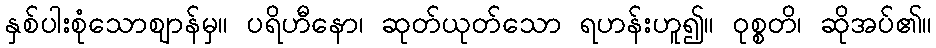
နှစ်ပါးစုံသောဈာန်မှ။ ပရိဟီနော၊ ဆုတ်ယုတ်သော ရဟန်းဟူ၍။ ဝုစ္စတိ၊ ဆိုအပ်၏။